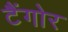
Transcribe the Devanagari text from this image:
टैंगोर